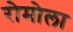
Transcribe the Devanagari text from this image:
रोमोला